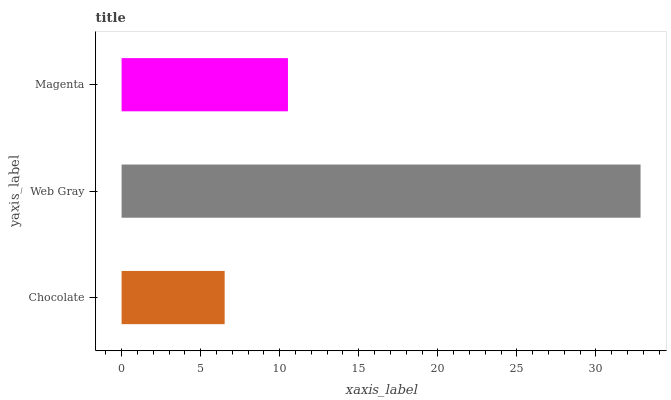
| yaxis_label | bars |
 | --- | --- |
 | Chocolate | 6.52 |
 | Web Gray | 32.8 |
 | Magenta | 10.5 |